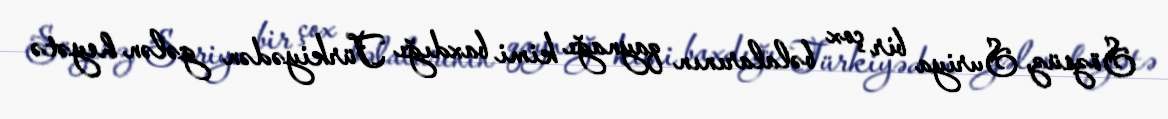
Sözsüz, Suriya bir çox bəlalarının qaynağı kimi baxdığı Türkiyədən gələn heyətə